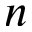
n